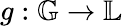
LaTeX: g:{\mathbb{G}}\rightarrow{\mathbb{L}}